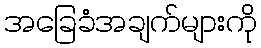
အခြေခံအချက်များကို